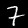
Label: 7